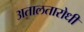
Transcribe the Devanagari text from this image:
अतालतारोधी